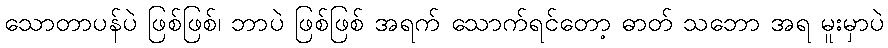
သောတာပန်ပဲ ဖြစ်ဖြစ်၊ ဘာပဲ ဖြစ်ဖြစ် အရက် သောက်ရင်တော့ ဓာတ် သဘော အရ မူးမှာပဲ